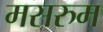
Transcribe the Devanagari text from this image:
मसरुम